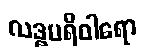
လဒ္ဓပရိဝါရော